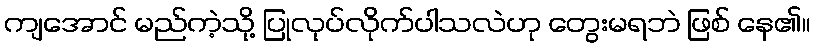
ကျအောင် မည်ကဲ့သို့ ပြုလုပ်လိုက်ပါသလဲဟု တွေးမရဘဲ ဖြစ် နေ၏။